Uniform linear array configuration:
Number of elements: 48
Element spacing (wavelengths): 0.5
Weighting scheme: cosine
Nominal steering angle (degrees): -60
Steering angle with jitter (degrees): -58.106
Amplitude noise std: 0.05
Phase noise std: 0.05

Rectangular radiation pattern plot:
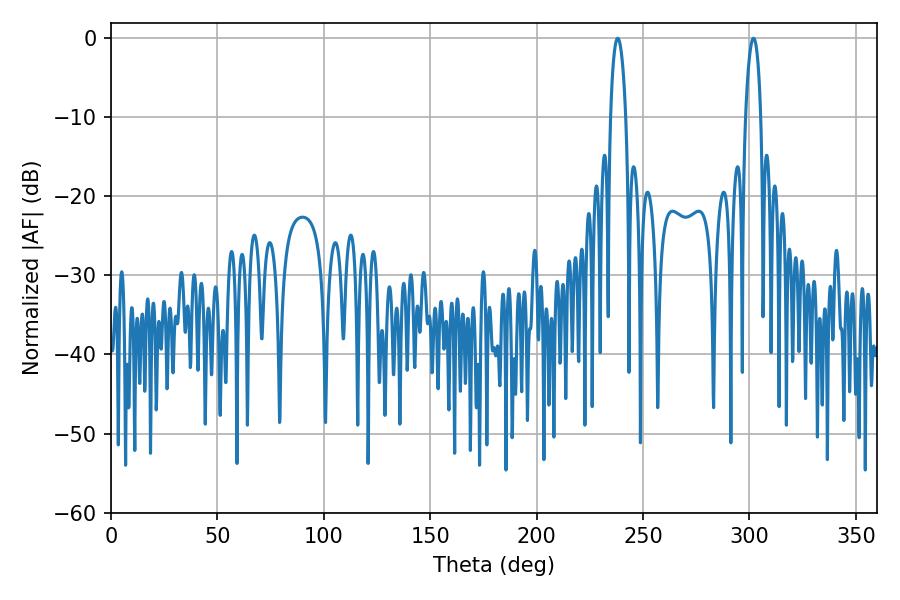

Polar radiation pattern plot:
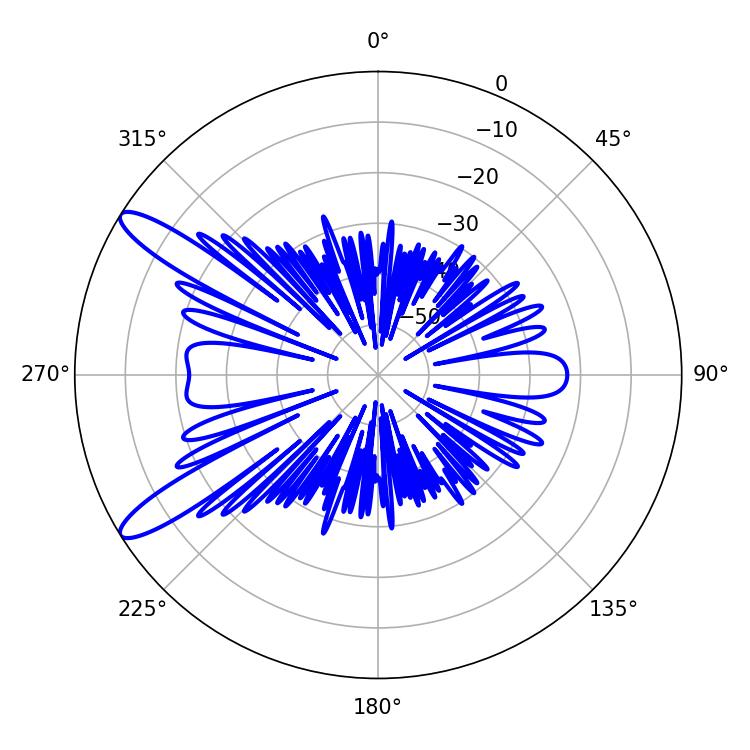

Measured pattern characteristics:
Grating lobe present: FALSE
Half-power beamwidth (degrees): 3.96
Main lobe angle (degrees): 238.14